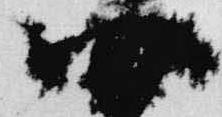
四